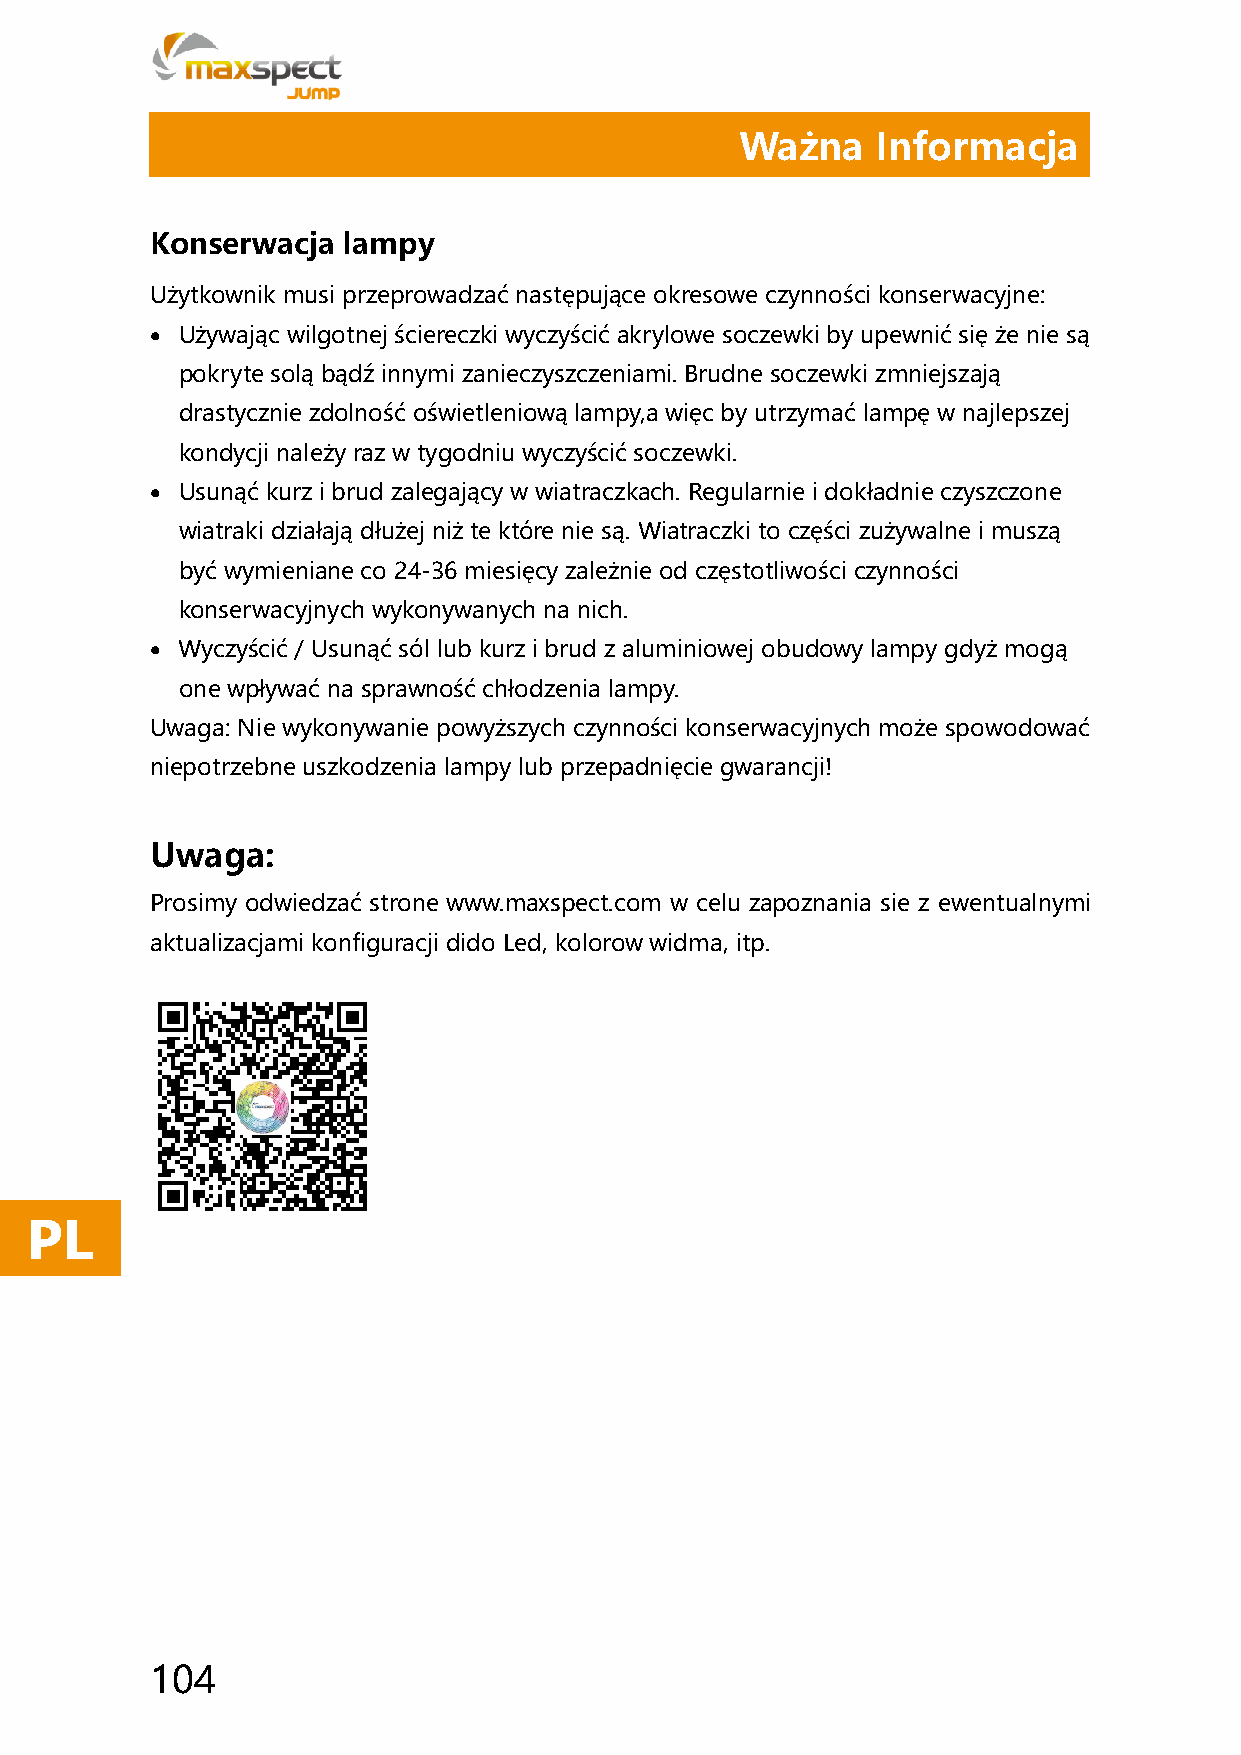
Ważna    Informacja
 Konserwacja  lampy
 Użytkownik musi przeprowadzać następujące okresowe czynności konserwacyjne:
 • Używając wilgotnej ściereczki wyczyścić akrylowe soczewki by upewnić się że nie są
 pokryte solą bądź innymi zanieczyszczeniami. Brudne soczewki zmniejszają
 drastycznie zdolność oświetleniową lampy,a więc by utrzymać lampę w najlepszej
 kondycji należy raz w tygodniu wyczyścić soczewki.
 • Usunąć kurz i brud zalegający w wiatraczkach. Regularnie i dokładnie czyszczone
 wiatraki działają dłużej niż te które nie są. Wiatraczki to części zużywalne i muszą
 być wymieniane co 24-36 miesięcy zależnie od częstotliwości czynności
 konserwacyjnych wykonywanych na nich.
 • Wyczyścić / Usunąć sól lub kurz i brud z aluminiowej obudowy lampy gdyż mogą
 one wpływać na sprawność chłodzenia lampy.
 Uwaga: Nie wykonywanie powyższych czynności konserwacyjnych może spowodować
 niepotrzebne uszkodzenia lampy lub przepadnięcie gwarancji!
 Uwaga:
 Prosimy odwiedzać strone www.maxspect.com w celu zapoznania sie z ewentualnymi
 aktualizacjami konfiguracji dido Led, kolorow widma, itp.
 PL
 104